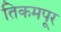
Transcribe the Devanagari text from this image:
तिकमपूर